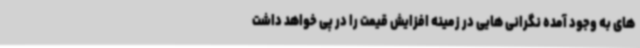
های به وجود آمده نگرانی هایی در زمینه افزایش قیمت را در پی خواهد داشت